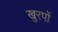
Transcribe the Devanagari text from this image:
खुरपों